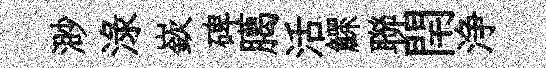
渺渌嶔碑臈活鰥聯閈浄